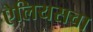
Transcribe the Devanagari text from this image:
ऐलियसचा